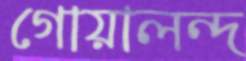
গোয়ালন্দ